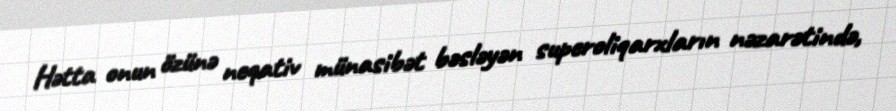
Hətta onun özünə neqativ münasibət bəsləyən superoliqarxların nəzarətində,